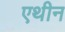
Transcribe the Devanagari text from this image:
एथीन